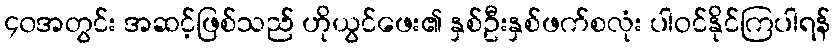
၄၀အတွင်း အဆင့်ဖြစ်သည် ဟိုယွင်ဖေး၏ နှစ်ဦးနှစ်ဖက်စလုံး ပါဝင်နိုင်ကြပါရန်